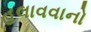
હલાવવાનો